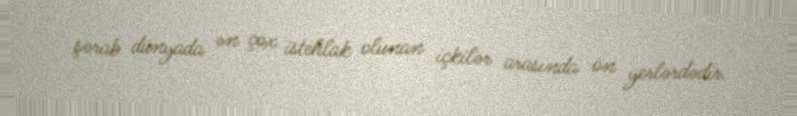
şərab dünyada ən çox istehlak olunan içkilər arasında ön yerlərdədir.